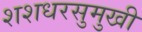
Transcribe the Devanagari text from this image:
शशधरसुमुखी